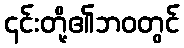
၎င်းတို့၏ဘဝတွင်